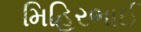
મિહિરભાઈ